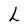
Character: L